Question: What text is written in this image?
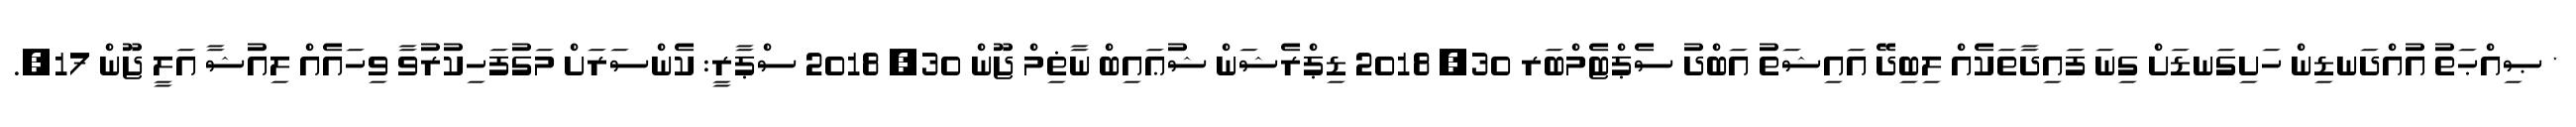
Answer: * ޞިއްޙަތު އުއްދަނޑިން ހަށިގަނޑަށް ގިނަ ފައިދާތަކެއް ލިބިދޭ އައިޝަތު އަބްދު ސެޕްޓެމްބަރ 30, 2018 ޑިޕްރެޝަން ޝުޢައިބް ނާޡިމް ޖޫން 30, 2018 ސްޕާރީ: ކެންސަރަށް މަގުފަހިކުރުވާ ވިހައެއް ލިއުޝާ އަލީ ޖޫން 17,.